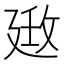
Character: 𢌦